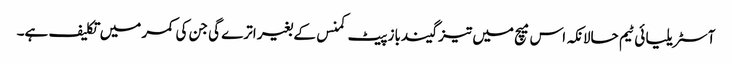
آسٹریلیا ئی ٹیم حالانکہ اس میچ میں تیز گیندباز پیٹ کمنس کے بغیر اترے گی جن کی کمر میں تکلیف ہے۔